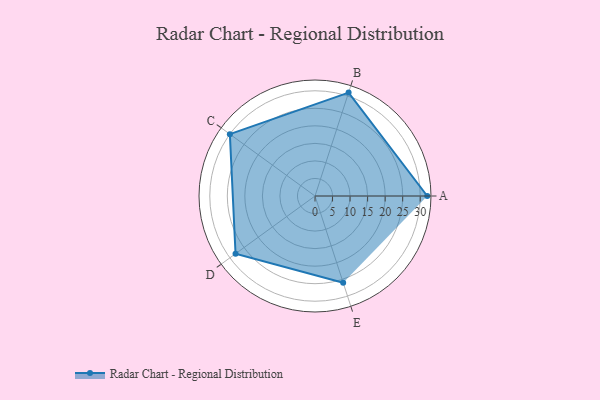
{"axis": {"x": "Skill", "y": "Score"}, "legend": ["Profile"], "data": [{"x": "A", "y": 32.0, "type": "Profile"}, {"x": "B", "y": 31.0, "type": "Profile"}, {"x": "C", "y": 30.0, "type": "Profile"}, {"x": "D", "y": 28.0, "type": "Profile"}, {"x": "E", "y": 26.0, "type": "Profile"}]}